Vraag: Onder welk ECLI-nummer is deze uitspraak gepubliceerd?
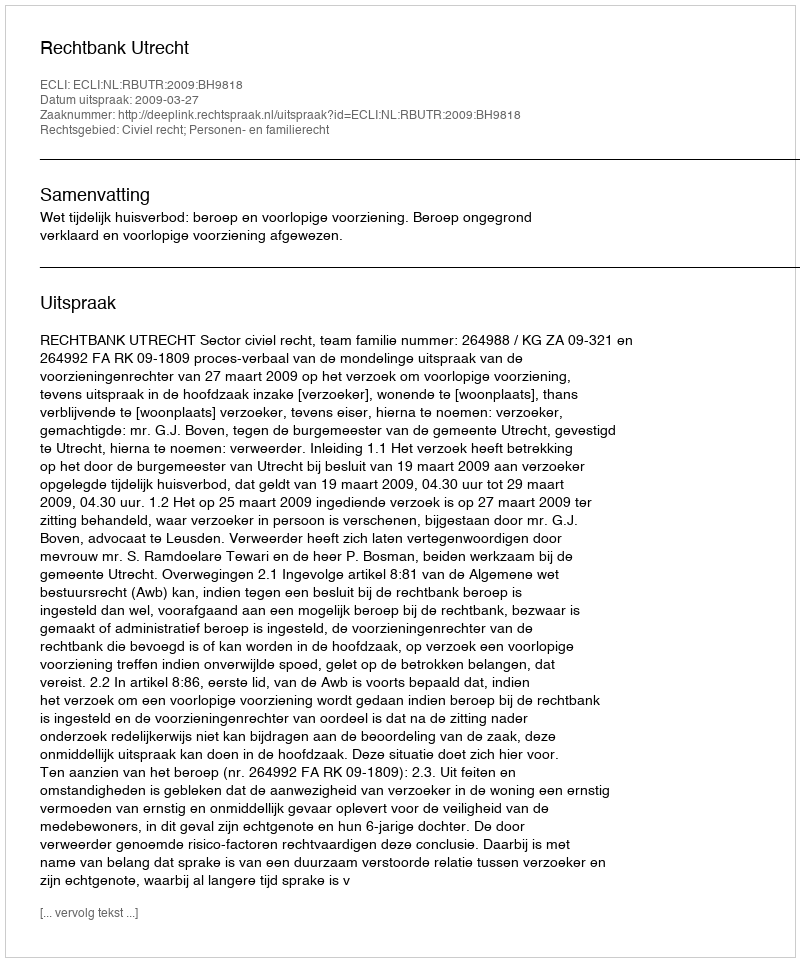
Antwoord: ECLI:NL:RBUTR:2009:BH9818